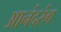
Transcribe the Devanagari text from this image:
आनंदरंग